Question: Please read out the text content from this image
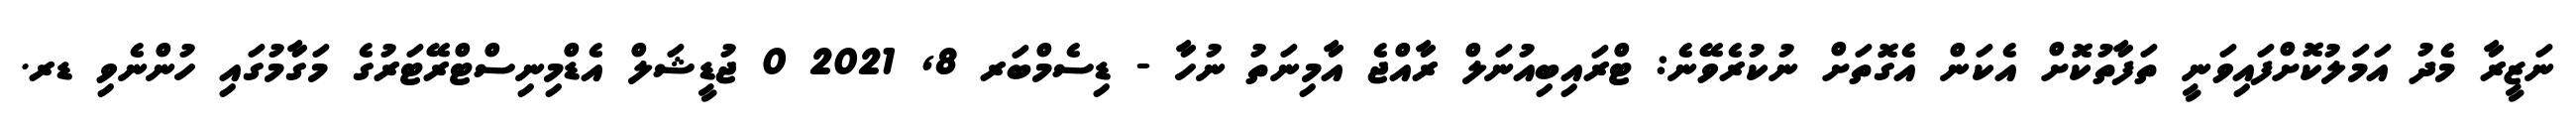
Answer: ނަޒީރާ މެދު އަމަލުކޮށްފައިވަނީ ތަފާތުކޮށް އެކަން އެގޮތަށް ނުކުރެވޭނެ: ޓްރައިބިއުނަލް ރާއްޖެ އާމިނަތު ނުހާ - ޑިސެމްބަރ 8, 2021 0 ޖުޑީޝަލް އެޑްމިނިސްޓްރޭޓަރުގެ މަގާމުގައި ހުންނެވި ޑރ.